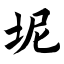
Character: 坭